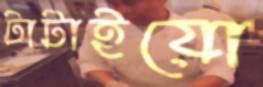
টাটাইয়ো